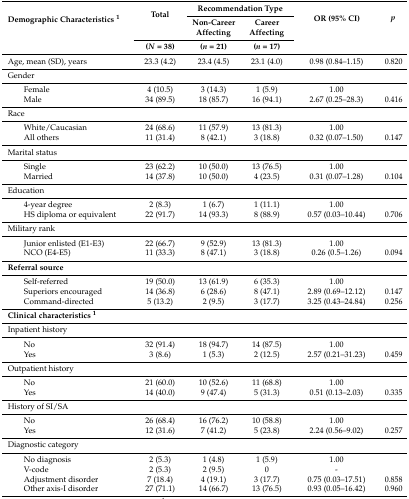
<table><thead><tr><td rowspan="3"><b>Demographic Characteristics <sup>1</sup></b></td><td rowspan="2"><b>Total</b></td><td colspan="2"><b>Recommendation Type</b></td><td rowspan="3"><b>OR (95% CI)</b></td><td rowspan="3"><b><i>p</i></b></td></tr><tr><td><b>Non-Career Affecting</b></td><td><b>Career Affecting</b></td></tr><tr><td><b>(<i>N</i> = 38)</b></td><td><b>(<i>n</i> = 21)</b></td><td><b>(<i>n</i> = 17)</b></td></tr></thead><tbody><tr><td>Age, mean (SD), years</td><td>23.3 (4.2)</td><td>23.4 (4.5)</td><td>23.1 (4.0)</td><td>0.98 (0.84–1.15)</td><td>0.820</td></tr><tr><td>Gender</td><td></td><td></td><td></td><td></td><td></td></tr><tr><td>Female</td><td>4 (10.5)</td><td>3 (14.3)</td><td>1 (5.9)</td><td>1.00</td><td></td></tr><tr><td>Male</td><td>34 (89.5)</td><td>18 (85.7)</td><td>16 (94.1)</td><td>2.67 (0.25–28.3)</td><td>0.416</td></tr><tr><td>Race</td><td></td><td></td><td></td><td></td><td></td></tr><tr><td>White/Caucasian</td><td>24 (68.6)</td><td>11 (57.9)</td><td>13 (81.3)</td><td>1.00</td><td></td></tr><tr><td>All others</td><td>11 (31.4)</td><td>8 (42.1)</td><td>3 (18.8)</td><td>0.32 (0.07–1.50)</td><td>0.147</td></tr><tr><td>Marital status</td><td></td><td></td><td></td><td></td><td></td></tr><tr><td>Single</td><td>23 (62.2)</td><td>10 (50.0)</td><td>13 (76.5)</td><td>1.00</td><td></td></tr><tr><td>Married</td><td>14 (37.8)</td><td>10 (50.0)</td><td>4 (23.5)</td><td>0.31 (0.07–1.28)</td><td>0.104</td></tr><tr><td>Education</td><td></td><td></td><td></td><td></td><td></td></tr><tr><td>4-year degree</td><td>2 (8.3)</td><td>1 (6.7)</td><td>1 (11.1)</td><td>1.00</td><td></td></tr><tr><td>HS diploma or equivalent</td><td>22 (91.7)</td><td>14 (93.3)</td><td>8 (88.9)</td><td>0.57 (0.03–10.44)</td><td>0.706</td></tr><tr><td>Military rank</td><td></td><td></td><td></td><td></td><td></td></tr><tr><td>Junior enlisted (E1-E3)</td><td>22 (66.7)</td><td>9 (52.9)</td><td>13 (81.3)</td><td>1.00</td><td></td></tr><tr><td>NCO (E4-E5)</td><td>11 (33.3)</td><td>8 (47.1)</td><td>3 (18.8)</td><td>0.26 (0.5–1.26)</td><td>0.094</td></tr><tr><td><b>Referral source</b></td><td></td><td></td><td></td><td></td><td></td></tr><tr><td>Self-referred</td><td>19 (50.0)</td><td>13 (61.9)</td><td>6 (35.3)</td><td>1.00</td><td></td></tr><tr><td>Superiors encouraged</td><td>14 (36.8)</td><td>6 (28.6)</td><td>8 (47.1)</td><td>2.89 (0.69–12.12)</td><td>0.147</td></tr><tr><td>Command-directed</td><td>5 (13.2)</td><td>2 (9.5)</td><td>3 (17.7)</td><td>3.25 (0.43–24.84)</td><td>0.256</td></tr><tr><td><b>Clinical characteristics <sup>1</sup></b></td><td></td><td></td><td></td><td></td><td></td></tr><tr><td>Inpatient history</td><td></td><td></td><td></td><td></td><td></td></tr><tr><td>No</td><td>32 (91.4)</td><td>18 (94.7)</td><td>14 (87.5)</td><td>1.00</td><td></td></tr><tr><td>Yes</td><td>3 (8.6)</td><td>1 (5.3)</td><td>2 (12.5)</td><td>2.57 (0.21–31.23)</td><td>0.459</td></tr><tr><td>Outpatient history</td><td></td><td></td><td></td><td></td><td></td></tr><tr><td>No</td><td>21 (60.0)</td><td>10 (52.6)</td><td>11 (68.8)</td><td>1.00</td><td></td></tr><tr><td>Yes</td><td>14 (40.0)</td><td>9 (47.4)</td><td>5 (31.3)</td><td>0.51 (0.13–2.03)</td><td>0.335</td></tr><tr><td>History of SI/SA</td><td></td><td></td><td></td><td></td><td></td></tr><tr><td>No</td><td>26 (68.4)</td><td>16 (76.2)</td><td>10 (58.8)</td><td>1.00</td><td></td></tr><tr><td>Yes</td><td>12 (31.6)</td><td>7 (41.2)</td><td>5 (23.8)</td><td>2.24 (0.56–9.02)</td><td>0.257</td></tr><tr><td>Diagnostic category</td><td></td><td></td><td></td><td></td><td></td></tr><tr><td>No diagnosis</td><td>2 (5.3)</td><td>1 (4.8)</td><td>1 (5.9)</td><td>1.00</td><td></td></tr><tr><td>V-code</td><td>2 (5.3)</td><td>2 (9.5)</td><td>0</td><td>-</td><td></td></tr><tr><td>Adjustment disorder</td><td>7 (18.4)</td><td>4 (19.1)</td><td>3 (17.7)</td><td>0.75 (0.03–17.51)</td><td>0.858</td></tr><tr><td>Other axis-I disorder</td><td>27 (71.1)</td><td>14 (66.7)</td><td>13 (76.5)</td><td>0.93 (0.05–16.42)</td><td>0.960</td></tr></tbody></table>